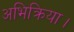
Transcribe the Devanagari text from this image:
अभिक्रिया।